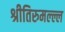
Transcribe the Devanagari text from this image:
श्रीतिरुमल्ल्ल